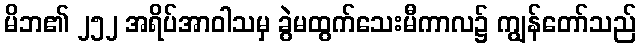
မိဘ၏ ၂၅၂ အရိပ်အာဝါသမှ ခွဲမထွက်သေးမီကာလ၌ ကျွန်တော်သည်